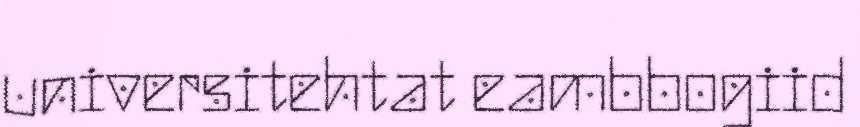
universitehtat eambbogiid